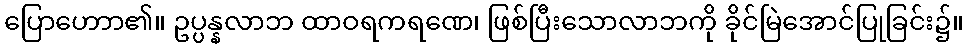
ပြောဟောာ၏။ ဥပ္ပန္နလာဘ ထာဝရကရဏေ၊ ဖြစ်ပြီးသောလာဘကို ခိုင်မြဲအောင်ပြုခြင်း၌။